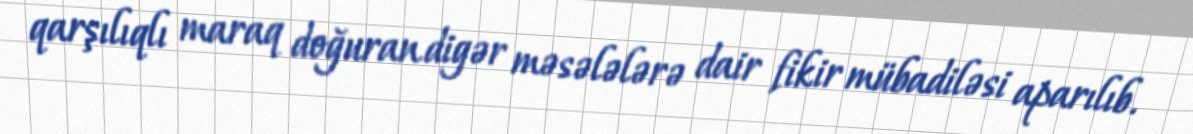
qarşılıqlı maraq doğuran digər məsələlərə dair fikir mübadiləsi aparılıb.